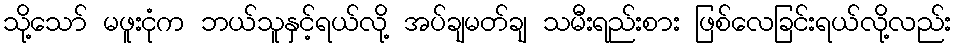
သို့သော် မဖူးငုံက ဘယ်သူနှင့်ရယ်လို့ အပ်ချမတ်ချ သမီးရည်းစား ဖြစ်လေခြင်းရယ်လို့လည်း